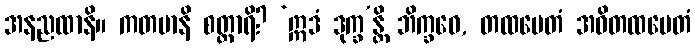
အနညထာနိ။ ကတမာနိ စတ္တာရိ? ‘ဣဒံ ဒုက္ခ’န္တိ ဘိက္ခဝေ, တထမေတံ အဝိတထမေတံ